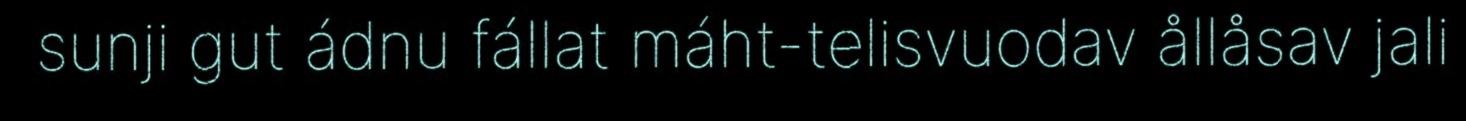
sunji gut ádnu fállat máht-telisvuodav ållåsav jali